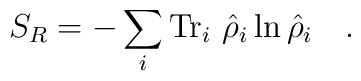
S_R=-\sum_i\mbox{Tr}_i~\hat{\rho}_i\ln\hat{\rho}_i~~~.